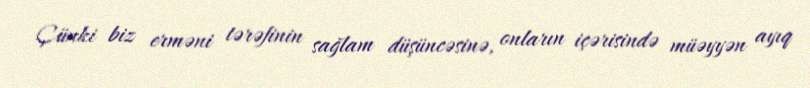
Çünki biz erməni tərəfinin sağlam düşüncəsinə, onların içərisində müəyyən ayıq